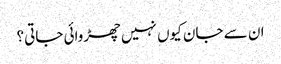
ان سے جان کیوں نہیں چھڑوائی جاتی؟